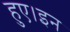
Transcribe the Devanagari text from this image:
हुए।इन